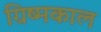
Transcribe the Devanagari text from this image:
ग्रिष्मकाल